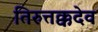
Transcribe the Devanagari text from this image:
तिरुत्तक्कदेव